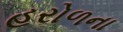
હરોળના